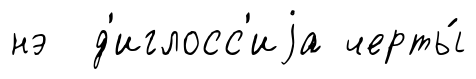
нэ д'иглосс'иjа черты́